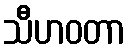
သီဟဝတာ